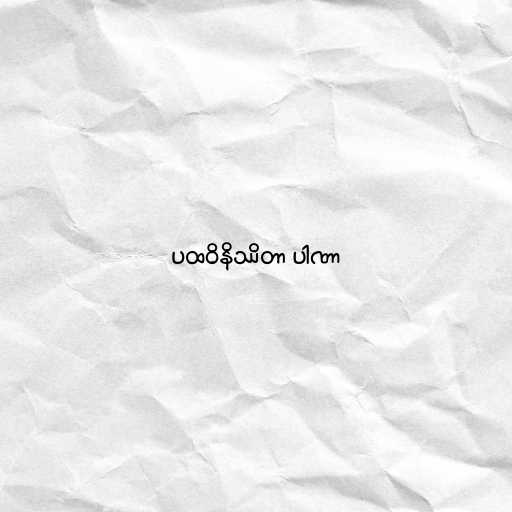
ပထဝိနိဿိတာ ပါဏာ